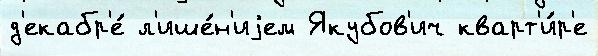
д'екабр'е́ л'ише́н'иjем Якубов'ич кварт'и́р'е